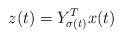
LaTeX: \begin{align*}z(t) = Y_{\sigma(t)}^T x(t)\end{align*}